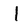
Character: l